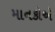
માનકોએ